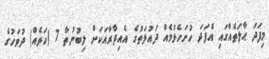
މިފަދަ ޙާލަތެއްގައި އެފަދަ ހުށަހެޅުމެއް ދައުލަތުގެ އެއިދާރާއަކަށް ލިބުނުތާ 7 (ހަތެއް) ދުވަހުގެ